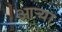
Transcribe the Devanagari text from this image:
आऱ्या